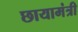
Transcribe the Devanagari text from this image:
छायामंत्री